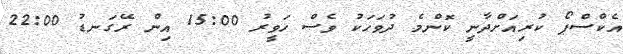
އެކްސްޕޯ ކުރިއަށްދާނީ ކޮންމެ ދުވަހަކު ވެސް ހަވީރު 15:00 އިން ރޭގަނޑު 22:00